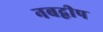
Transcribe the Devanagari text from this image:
नबद्वीप